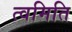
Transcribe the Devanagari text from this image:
त्वमिति